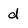
Character: d